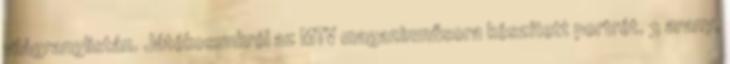
világranglistán. Játékosunkról az MTV magazinműsora készített portrét. 3 arany,